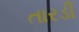
તારડી